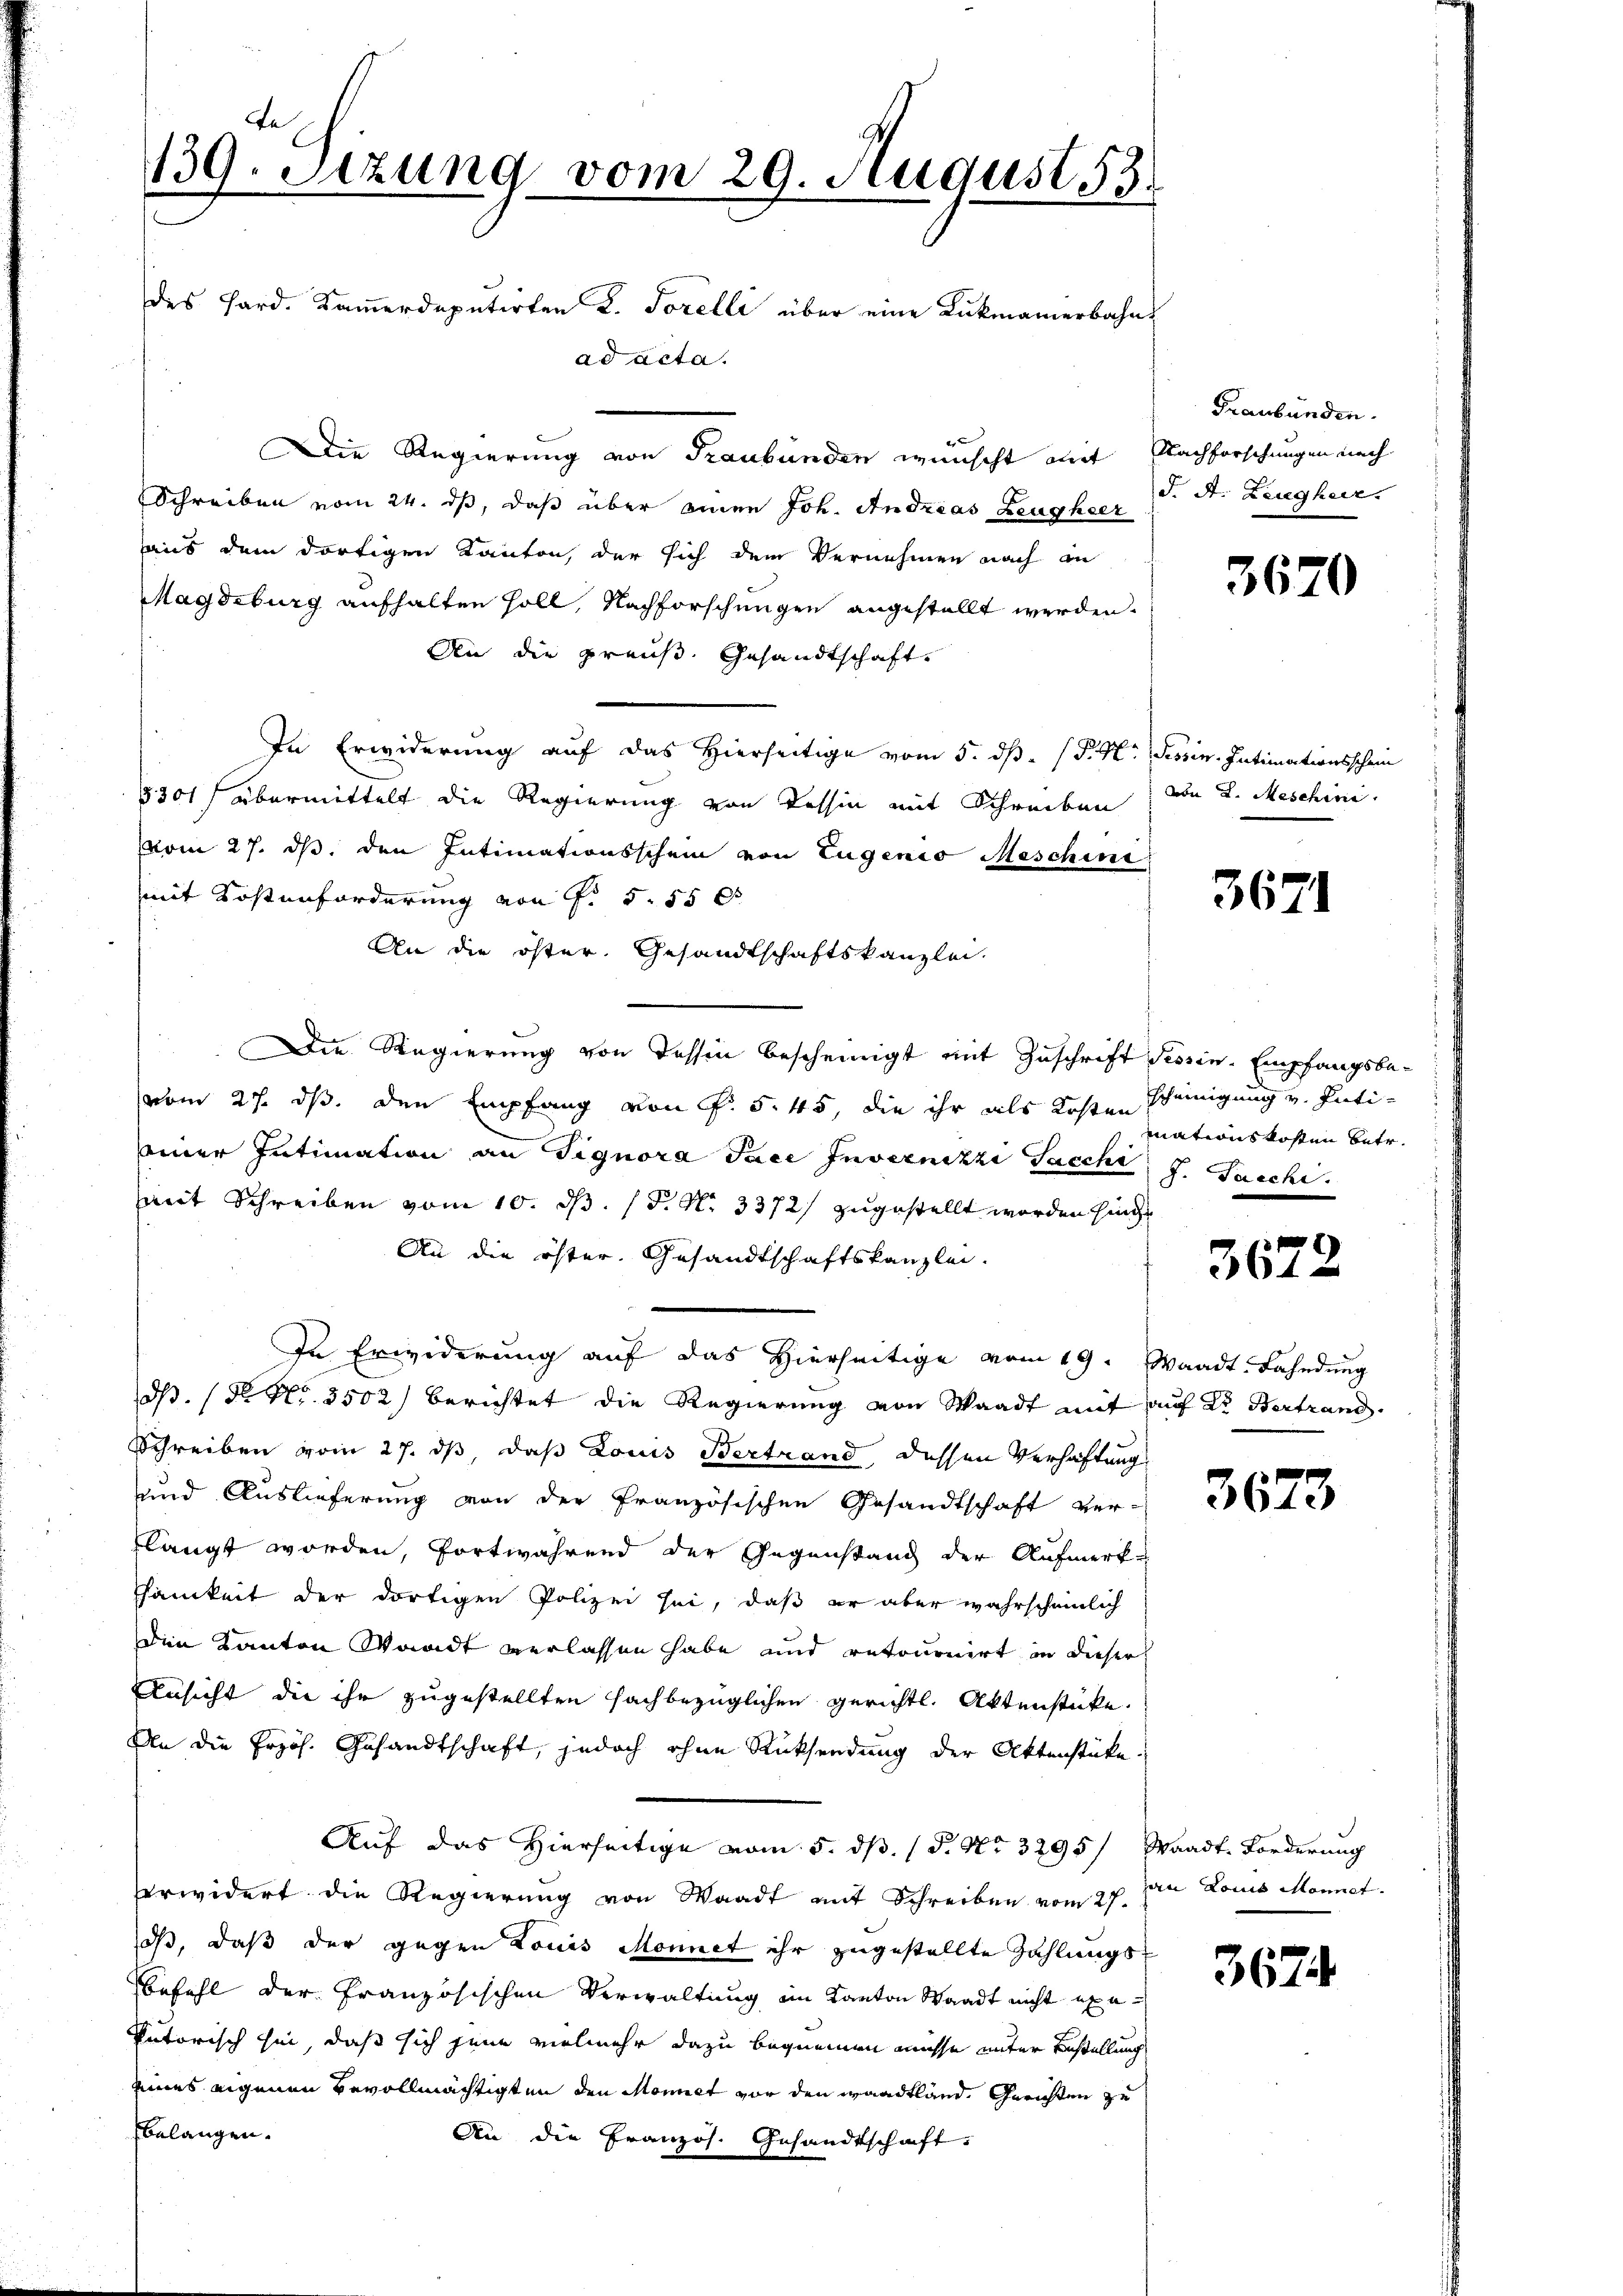
J.
139. Setzung vom 29. August 13.

des Hard. Kamerdeputirten L. Forelli über eine Rückmanerbahn
ad acta.
Die Regierung von Graubünden wünscht mit Nachforschungen nach
Schreiben vom 24. ds, daß über einen Joh. Andreas Zeugheer
aus dem dortigen Kanton, der sich dem Vernehmen nach an
Magdeburg aufhalten soll, Nachforschungen angestellt werden.
An die preuß. Gesandtschaft
In Erwiderung auf das Hierseitige vom 5. dß. P. M. Tessin. Intimationsschein
5301) übermittelt die Regierung von Tessin mit Schreiben von L. Meschini.
vom 27. ds, den Intimationsschein von Eugenio Meschine
mit Kostenforderung von P. 5. 55 x
An die öster. Gesandtschaftskanzlei,
Die Regierung von dessen bescheinigt mit Zuschrift Tessin. Empfangsbevom 27. ds. den Empfang von P. 5. 45, die ihr als Kosten scheinigung v. Intieiner Intimation an Tignora Pace Invernitzi Sacchi J. Sacchi.
mit Schreiben vom 10. ds. (T. N. 3372) zugestellt worden sind
An die öster Gesandtschaftskanzlei.
In Erwiderung auf das Hierseitige vom 19. Waadt. Fahndung
O. (N. Nr. 3502) berichtet die Regierung von Waadt mit auf Dr. Bertrand
Schreiben vom 27. ds, daß Louis Bertrand, dessen Verhaftung
und Auslieferung von der französischen Gesandtschaft ver-
flangt worden, fortwährend der Gegenstand der Aufmerk-
samkeit der dortigen Polizei sei, daß er aber wahrscheinlich
Den Kanton Waadt verlassen habe und retournirt in dieser
Ansicht die ihr zugestellten fachbezüglichen gerichtl. Aktenstücke.
An die Erzöh. Gesandtschaft, jedoch ohne Rücksendung der Aktenstücke
Auf das Hierseitige vom 5. ds. (T. No 3295/ Waadt. Forderung
verwidert die Regierung von Waadt mit Schreiben vom 27. An Louis Monnet.
oß, daß der gegen Louis Monnet ihr zugestellte Zahlungs¬
Befehl der Französischen Verwaltung im Kanton Waadt nicht exe
Entorisch sei, daß sich jene vielmehr dazu bequemen müsse unter Bestellung
eines eigenen Bevollmächtigten den Monnet vor den Waadtland, Gerichten zu
belangen.
An die Französ. Gesandtschaft,

Graubünden.
d. A. Zeugherr

3670

3671

mationskosten betr.

3672

3673

367